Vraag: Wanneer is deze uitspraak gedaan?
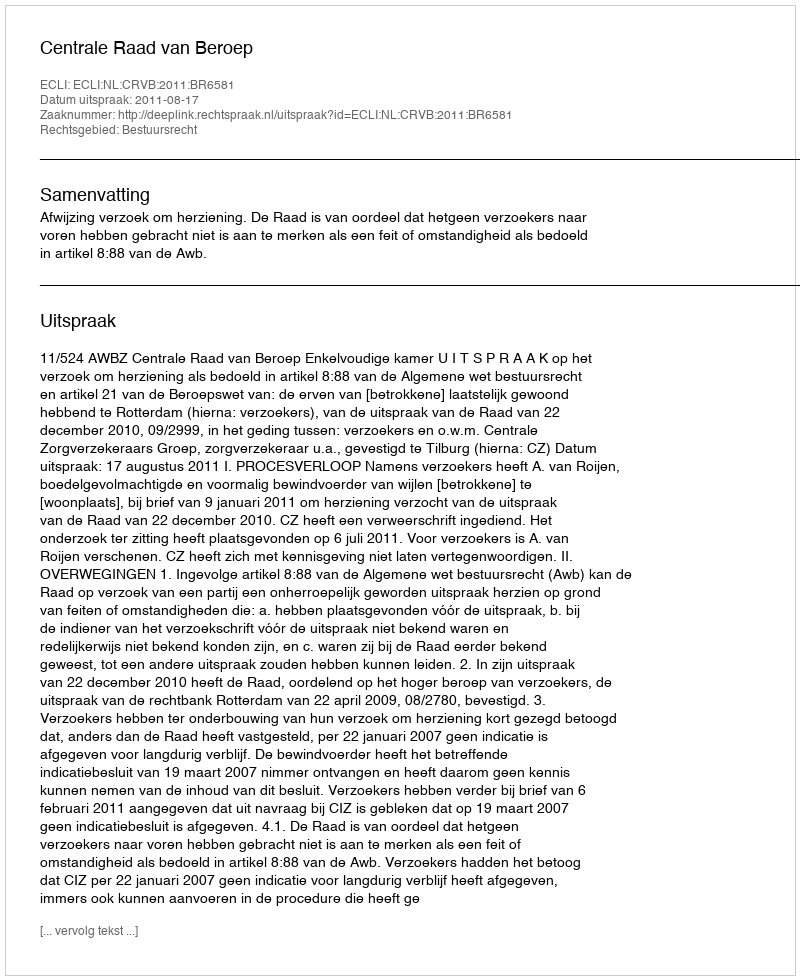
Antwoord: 2011-08-17